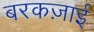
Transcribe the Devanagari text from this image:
बरकज़ाई